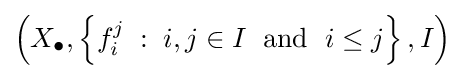
\left(X_{\bullet },\left\{f_{i}^{j}\;:\;i,j\in I\;{\text{ and }}\;i\leq j\right\},I\right)